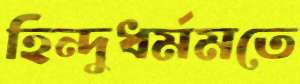
হিন্দুধর্মমতে